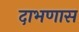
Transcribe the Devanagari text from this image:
दाभणास